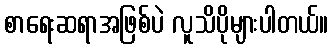
စာရေးဆရာအဖြစ်ပဲ လူသိပိုများပါတယ်။